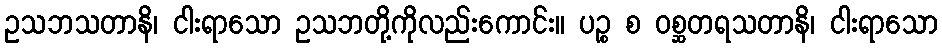
ဥသဘသတာနိ၊ ငါးရာသော ဥသဘတို့ကိုလည်းကောင်း။ ပဉ္စ စ ဝစ္ဆတရသတာနိ၊ ငါးရာသော